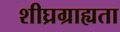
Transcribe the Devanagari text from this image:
शीघ्रग्राह्यता